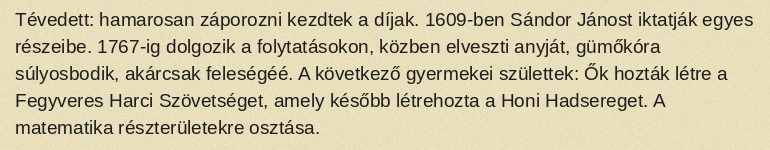
Tévedett: hamarosan záporozni kezdtek a díjak. 1609-ben Sándor Jánost iktatják egyes részeibe. 1767-ig dolgozik a folytatásokon, közben elveszti anyját, gümőkóra súlyosbodik, akárcsak feleségéé. A következő gyermekei születtek: Ők hozták létre a Fegyveres Harci Szövetséget, amely később létrehozta a Honi Hadsereget. A matematika részterületekre osztása.